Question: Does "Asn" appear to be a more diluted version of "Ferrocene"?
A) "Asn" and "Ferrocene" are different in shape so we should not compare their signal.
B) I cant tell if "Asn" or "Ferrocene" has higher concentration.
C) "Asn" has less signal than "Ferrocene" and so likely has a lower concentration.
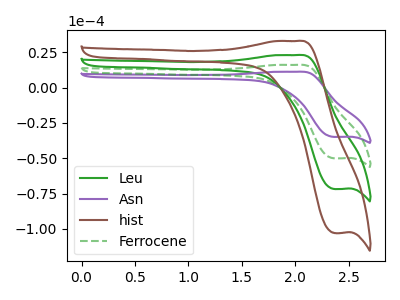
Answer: <think>The green curve "Leu" has an anodic peak at (2.00V, 32.00uA) and a cathodic peak at (2.35V, -100.20uA). The purple curve "Asn" has an anodic peak at (2.00V, 11.15uA) and a cathodic peak at (2.35V, -34.95uA). The brown curve "hist" has an anodic peak at (2.00V, 48.05uA) and a cathodic peak at (2.35V, -150.30uA). The green dashed curve "Ferrocene" has an anodic peak at (2.00V, 16.00uA) and a cathodic peak at (2.35V, -50.10uA).
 All the peaks in "Asn" have a peak in "Ferrocene" at the same potential. Every peak in "Asn" is lower than every peak in "Ferrocene".</think>
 <answer>C) "Asn" has less signal than "Ferrocene" and so likely has a lower concentration.</answer>
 <eval>C</eval>